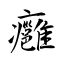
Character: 癰